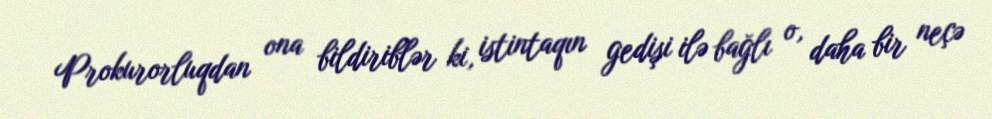
Prokurorluqdan ona bildiriblər ki, istintaqın gedişi ilə bağlı o, daha bir neçə